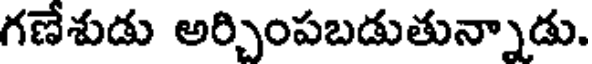
గణేశుడు అర్చింపబడుతున్నాడు.